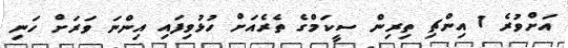
އަށްވުރެ 1 އިންޗި ތިރިން ސީކަމްގެ ތެރެއަށް ހުޅުވިފައި އިންނަ ވަރަށް ހަނި